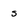
Character: s